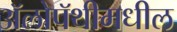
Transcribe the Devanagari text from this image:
ॲलोपॅथीमधील